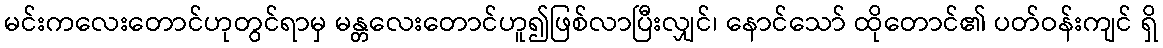
မင်းကလေးတောင်ဟုတွင်ရာမှ မန္တလေးတောင်ဟူ၍ဖြစ်လာပြီးလျှင်၊ နောင်သော် ထိုတောင်၏ ပတ်ဝန်းကျင် ရှိ